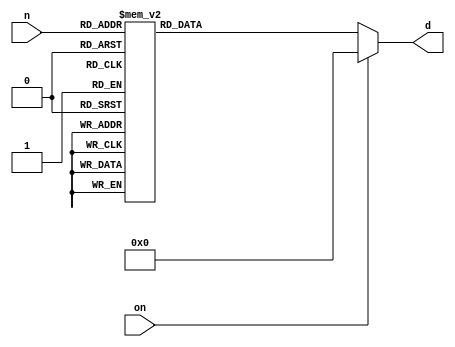
`timescale 1ns / 1ps
//////////////////////////////////////////////////////////////////////////////////
// Company: 
// Engineer: 
// 
// Design Name: 
// Module Name:    DecConverter1bit 
// Project Name: 
// Target Devices: 
// Tool versions: 
// Description: 
//
// Dependencies: 
//
// Revision: 
// Revision 0.01 - File Created
// Additional Comments: 
//
//////////////////////////////////////////////////////////////////////////////////
module DecConverter1bit(
    input [3:0] n,
    input on,
    output reg [6:0] d
    );
	 
	always @(*) begin
		if (~on) begin
			case (n)
				0 : d = 7'b1111110;
				1 : d = 7'b0110000;
				2 : d = 7'b1101101;
				3 : d = 7'b1111001;
				4 : d = 7'b0110011;
				5 : d = 7'b1011011;
				6 : d = 7'b1011111;
				7 : d = 7'b1110010;
				8 : d = 7'b1111111;
				9 : d = 7'b1111011;
				15 : d = 7'b0000001;
				default : d = 7'b0000000;
			endcase
		end
		else d = 7'b0000000;
	end


endmodule